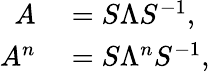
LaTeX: \begin{array}{rl}{A}&{{}=S\Lambda S^{-1},}\\ {A^{n}}&{{}=S\Lambda^{n}S^{-1},}\end{array}